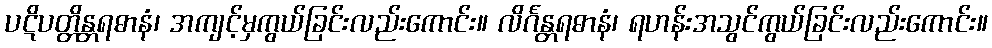
ပဋိပတ္တိန္တရဓာနံ၊ အကျင့်မှကွယ်ခြင်းလည်းကောင်း။ လိင်္ဂန္တရဓာနံ၊ ရဟန်းအသွင်ကွယ်ခြင်းလည်းကောင်း။